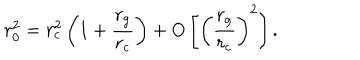
r _ { \mathrm { 0 } } ^ { 2 } = r _ { \mathrm { c } } ^ { 2 } \left( 1 + \frac { r _ { \mathrm { g } } } { r _ { \mathrm { c } } } \right) + O \left[ \left( \frac { r _ { \mathrm { g } } } { r _ { \mathrm { c } } } \right) ^ { 2 } \right] .